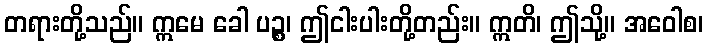
တရားတို့သည်။ ဣမေ ခေါ ပဉ္စ၊ ဤငါးပါးတို့တည်း။ ဣတိ၊ ဤသို့။ အဝေါစ၊